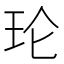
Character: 𮴅